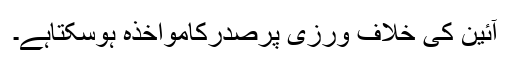
آئین کی خلاف ورزی پرصدرکامواخذہ ہوسکتاہے۔